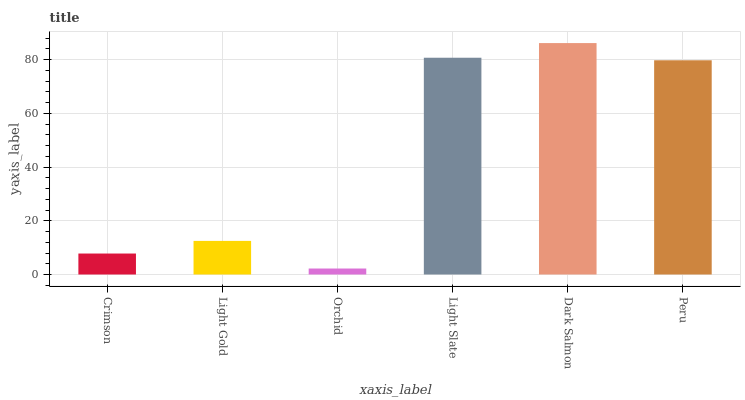
| xaxis_label | bars |
 | --- | --- |
 | Crimson | 7.81 |
 | Light Gold | 12.5 |
 | Orchid | 2.23 |
 | Light Slate | 80.7 |
 | Dark Salmon | 86.2 |
 | Peru | 79.8 |